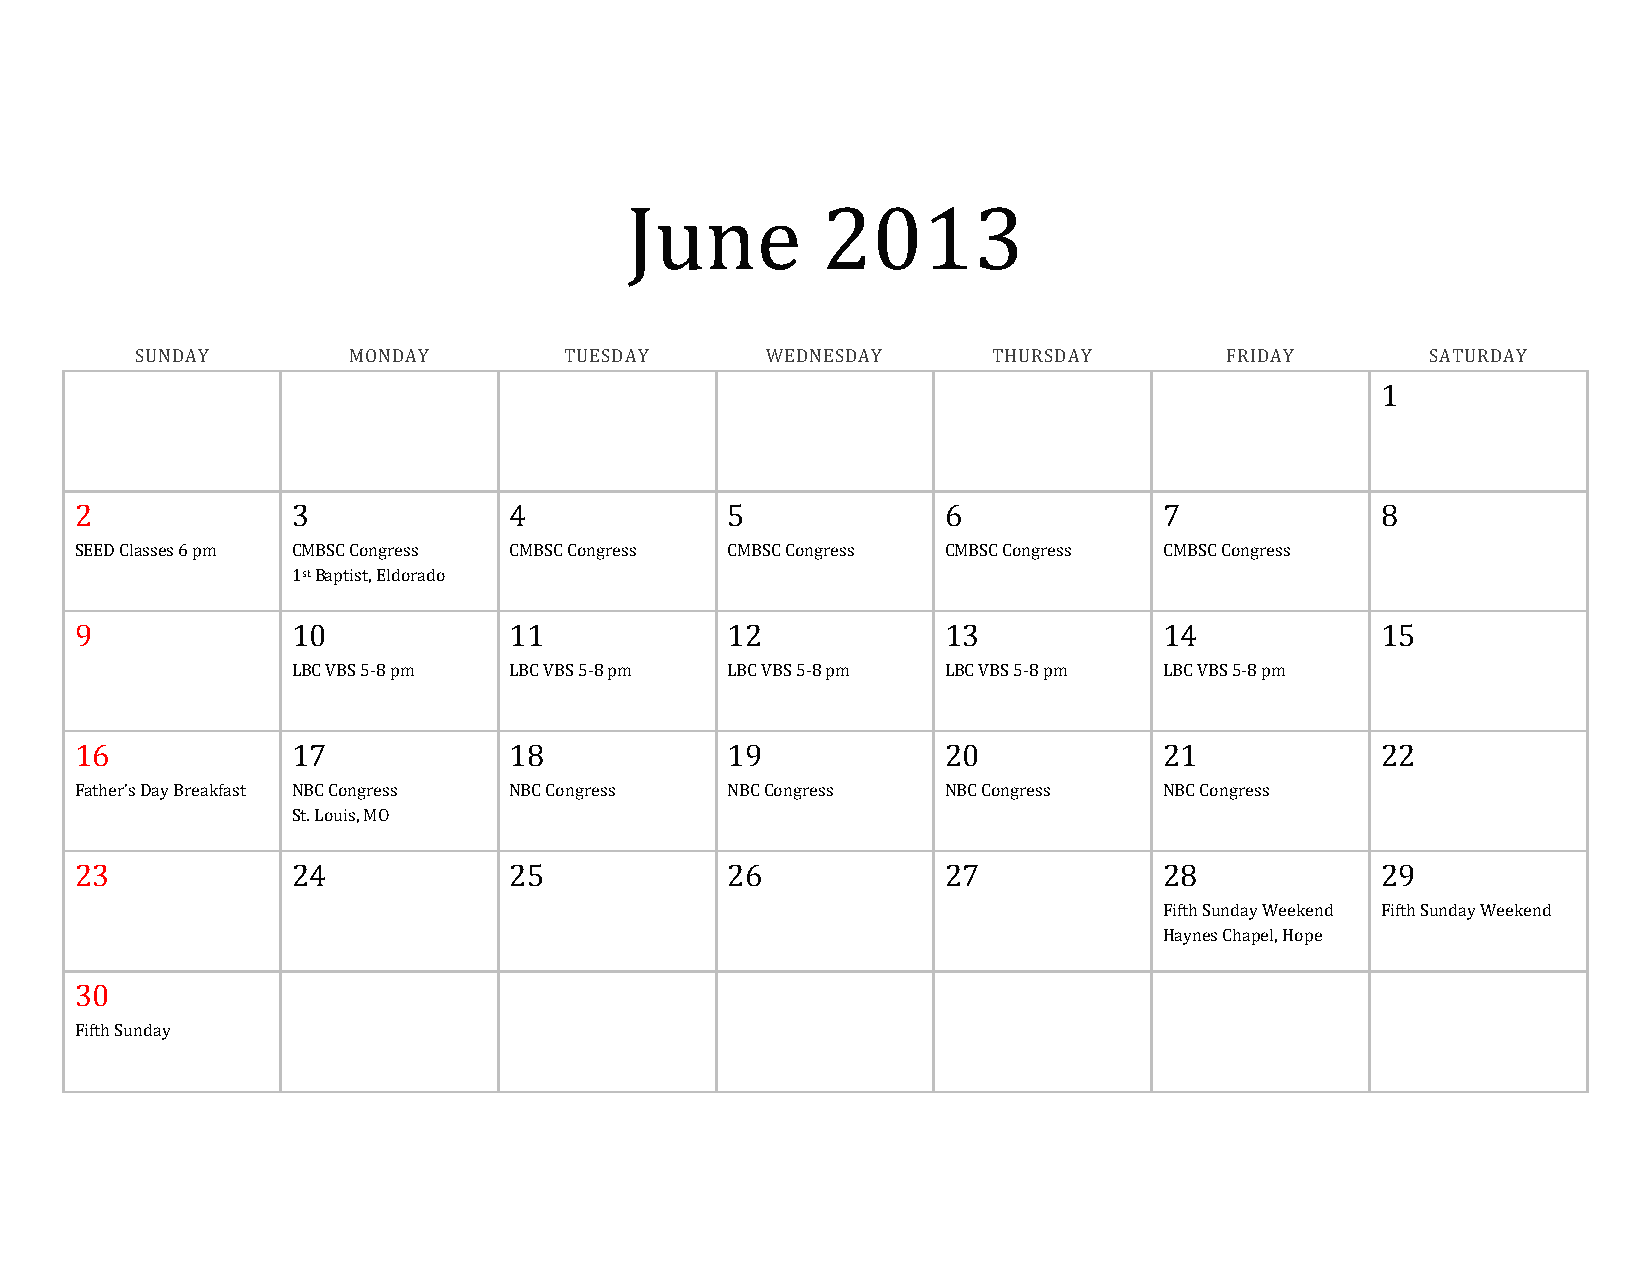
June         2013
 SUNDAY        MONDAY        TUESDAY       WEDNESDAY      THURSDAY       FRIDAY        SATURDAY
 1
 2             3              4             5              6             7             8
 SEED Classes 6 pm CMBSC Congress CMBSC Congress CMBSC Congress CMBSC Congress CMBSC Congress
 1st Baptist, Eldorado
 9             10             11            12             13            14            15
 LBC VBS 5-8 pm LBC VBS 5-8 pm LBC VBS 5-8 pm LBC VBS 5-8 pm LBC VBS 5-8 pm
 16            17             18            19             20            21            22
 Father’s Day Breakfast NBC Congress NBC Congress NBC Congress NBC Congress NBC Congress
 St. Louis, MO
 23            24             25            26             27            28            29
 Fifth Sunday Weekend Fifth Sunday Weekend
 Haynes Chapel, Hope
 30
 Fifth Sunday